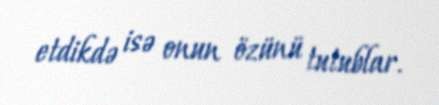
etdikdə isə onun özünü tutublar.